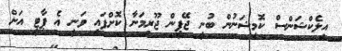
އިލެކްޝަންސް ކޮމިޝަނުން ބުނީ ޖޭޕީން ޖޫރިމަނާ ކޮށްފައި ވަނީ އެ ޕާޓީ އަށް